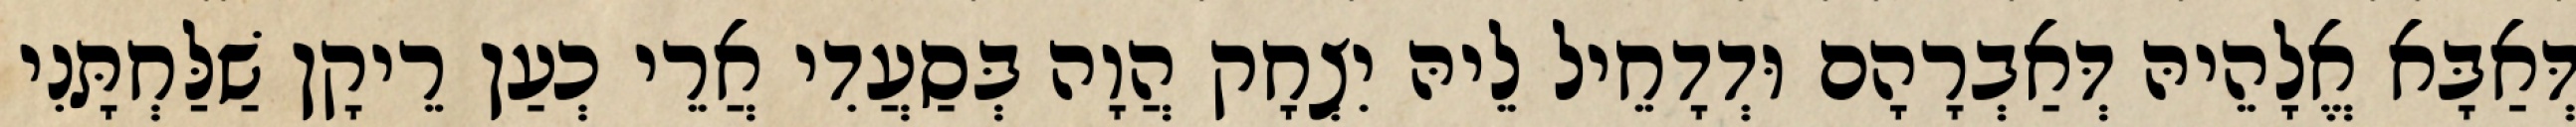
דְּאַבָּא אֱלָהֵיהּ דְּאַבְרָהָם וּדְדָחֵיל לֵיהּ יִצְחָק הֲוָה בְּסַעֲדִי אֲרֵי כְעַן רֵיקָן שַׁלַּחְתָּנִי